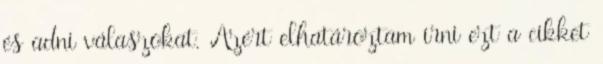
és adni válaszokat. Azért elhatároztam írni ezt a cikket